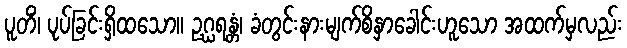
ပူတိံ၊ ပုပ်ခြင်းရှိထသော။ ဥဂ္ဃရန္တံ၊ ခံတွင်းနားမျက်စိနှာခေါင်းဟူသော အထက်မှလည်း